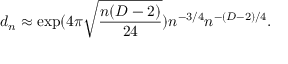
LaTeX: d _ { n } \approx \exp ( 4 \pi \sqrt { \frac { n ( D - 2 ) } { 2 4 } } ) n ^ { - 3 / 4 } n ^ { - ( D - 2 ) / 4 } .